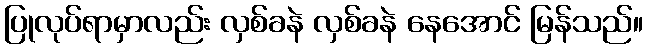
ပြုလုပ်ရာမှာလည်း လှစ်ခနဲ လှစ်ခနဲ နေအောင် မြန်သည်။